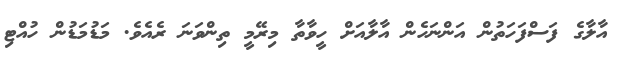
އާލާގެ ފަސްފަހަތުން އަންނަހެން އާލާއަށް ހީވާތާ މިރޭމީ ތިންވަނަ ރެއެވެ. މަޑުމަޑުން ހުއްޓި